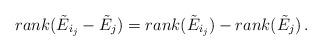
LaTeX: \begin{align*} rank(\tilde{E}_{i_j} -\tilde{E}_j) = rank(\tilde{E}_{i_j})- rank (\tilde{E}_j) \,.\end{align*}